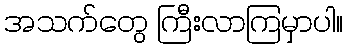
အသက်တွေ ကြီးလာကြမှာပါ။